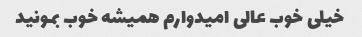
خیلی خوب عالی امیدوارم همیشه خوب بمونید